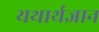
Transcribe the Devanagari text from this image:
यथार्थज्ञान